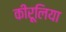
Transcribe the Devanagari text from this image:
कीरूलिया